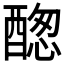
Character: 𨡮